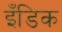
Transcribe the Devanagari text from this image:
इँडिक